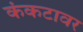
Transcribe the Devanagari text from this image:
कंकटावर